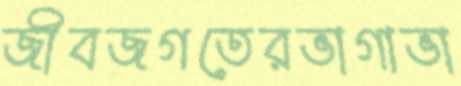
জীবজগতেরভাগাভা